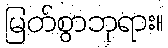
မြတ်စွာဘုရား။